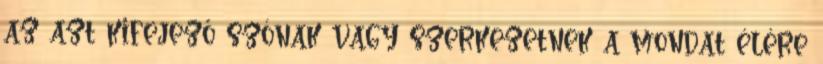
az azt kifejező szónak vagy szerkezetnek a mondat élére